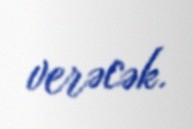
verəcək.